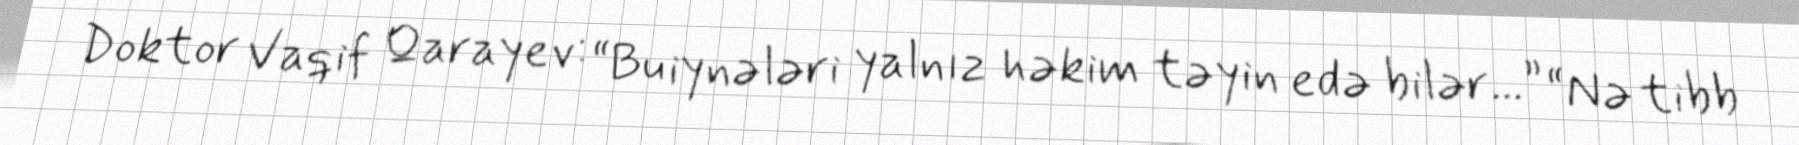
Doktor Vaqif Qarayev: “Bu iynələri yalnız həkim təyin edə bilər...” “Nə tibb